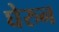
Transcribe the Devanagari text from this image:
घेरुन